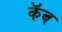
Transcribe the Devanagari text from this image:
कॅब